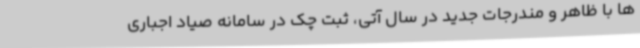
ها با ظاهر و مندرجات جدید در سال آتی، ثبت چک در سامانه صیاد اجباری